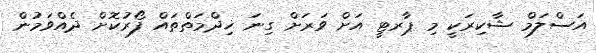
އަސްލަމް ޝާކިރަކީ މި ޕާރޓީ އަށް ވަރަށް ގިނަ ޚިދްމަތްތައް ފޯރުކޮށް ދެއްވަމުން